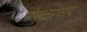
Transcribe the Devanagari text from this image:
मोहनप्रसाद